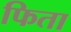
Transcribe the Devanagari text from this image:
फिता